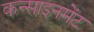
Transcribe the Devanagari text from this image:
कन्साइनमेंट